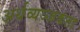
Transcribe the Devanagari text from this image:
अर्थव्यञ्जकता